Report on horse surra - Volume I
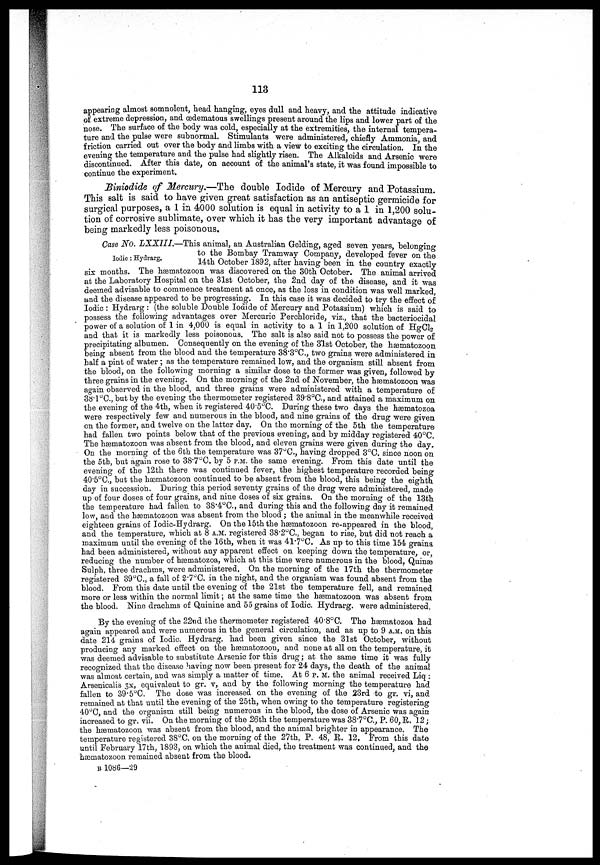
113
appearing almost somnolent, head hanging, eyes dull and heavy, and the attitude indicative
of extreme depression, and œdematous swellings present around the lips and lower part of the
nose. The surface of the body was cold, especially at the extremities, the internal tempera-
ture and the pulse were subnormal. Stimulants were administered, chiefly Ammonia, and
friction carried out over the body and limbs with a view to exciting the circulation. In the
evening the temperature and the pulse had slightly risen. The Alkaloids and Arsenic were
discontinued. After this date, on account of the animal's state, it was found impossible to
continue the experiment.
Biniodide of Mercury.―The double Iodide of Mercury and Potassium.
This salt is said to have given great satisfaction as an antiseptic germicide for
surgical purposes, a 1 in 4000 solution is equal in activity to a 1 in 1,200 solu
tion of corrosive sublimate, over which it has the very important advantage of
being markedly less poisonous.
Iodic: Hydrarg.
Case No.. LXXIII.—This animal, an Australian Gelding, aged seven years, belonging
to the Bombay Tramway Company, developed fever on the
14 th October 1892, after having been in the country exactly
six months. The hæmatozoon was discovered on the 30th October. The animal arrived
at the Laboratory Hospital on the 31st October, the 2nd day of the disease, and it was
deemed advisable to commence treatment at once, as the loss in condition was well marked,
and the disease appeared to be progressing. In this case it was decided to try the effect of
Iodic : Hydrarg : (the soluble Double Iodide of Mercury and Potassium) which is said to
possess the following advantages over Mercuric Perchloride, viz., that the bacteriocidal
power of a solution of 1 in 4,000 is equal in activity to a 1 in 1,200 solution of HgCl 2
and that it is markedly less poisonous. The salt is also said not to possess the power of
precipitating albumen. Consequently on the evening of the 31st October, the hæmatozoon
being absent from the blood and the temperature 38.3°C, two grains were administered in
half a pint of water; as the temperature remained low, and the organism still absent from
the blood, on the following morning a similar dose to the former was given, followed by
three grains in the evening. On the morning of the 2nd of November, the hæmatozoon was
again observed in the blood, and three grains were administered with a temperature of
38.l°C.,butby the evening the thermometer registered 39.8°C., and attained a maximum on
the evening of the 4th, when it registered 40.5°C. During these two days the hæmatozoa
were respectively few and numerous in the blood, and nine grains of the drug were given
on the former, and twelve on the latter day. On the morning of the 5th the temperature
had fallen two points below that of the previous evening, and by midday registered 40°C.
The hæmatozoon was absent from the blood, and eleven grains were given during the day.
On the morning of the 6th the temperature was 37°C., having dropped 3°0. since noon on
the 5th, but again rose to 38.7°C. by 5
P.M. same evening. From this date until the
evening of the 12th there was continued fever, the highest temperature recorded being
40.5°C., but the hæmatozoon continued to be absent from the blood, this being the eighth
day in succession. During this period seventy grains of the drug were administered, made
up of four doses of four grains, and nine doses of six grains. On the morning of the 13th
the temperature had fallen to 38.4°C, and during this and the following day it remained
low, and the hæmatozoon was absent from the blood ; the animal in the meanwhile received
eighteen grains of Iodic-Hydrarg. On the 15th the hæmatozoon re-appeared in the blood,
and the temperature, which at 8 A.M. registered 38.2°C., began to rise, but did not reach a
maximum until the evening of the 16th, when it was 4l.7°C. As up to this time 154 grains
had been administered, without any apparent effect on keeping down the temperature, or,
reducing the number of hæmatozoa, which at this time were numerous in the blood, Quinæ
Sulph, three drachms, were administered, On the morning of the 17th the thermometer
registered 39°C., a fall of 2.7°C. in the night, and the organism was found absent from the
blood. From this date until the evening of the 21st the temperature fell, and remained
more or less within the normal limit ; at the same time the hæmatozoon was absent from
the blood. Nine drachms of Quinine and 55 grains of Iodic. Hydrarg. were administered.
By the evening of the 22nd the thermometer registered 40.8°C. The hæmatozoa had
again appeared and were numerous in the general circulation, and as up to 9 A.M. on this
date 214" grains of Iodic. Hydrarg. had been given since the 31st October, without
producing any marked effect on the hæmatozoon, and none at all on the temperature, it
was deemed advisable to substitute Arsenic for this drug ; at the same time it was fully
recognized that the disease having now been present for 24 days, the death of the animal
was almost certain, and was simply a matter of time. At 6 P.M. the animal received Liq :
Arsenicalis 3x, equivalent to gr. v, and by the following morning the temperature had
fallen to 39.5°C. The dose was increased on the evening of the 23rd to gr. vi, and
remained at that until the evening of the 25th, when owing to the temperature registering
40°C, and the organism still being numerous in the blood, the dose of Arsenic was again
increased to gr. vii. On the morning of the 26th the temperature was 38.7°C., P. 60, R. 12 ;
the hæmatozoon was absent from the blood, and the animal brighter in appearance. The
temperature registered 38°C. on the morning of the 27th, P. 48, R. 12, From this date
until February 17 th, 1893, on which the animal died, the treatment was continued, and the
hæmatozoon remained absent from the blood.
B 1086—29